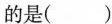
的是( )